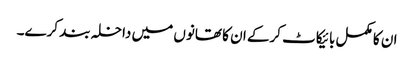
ان کا مکمل بائیکاٹ کرکے ان کا تھانوں میں داخلہ بند کرے۔